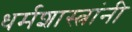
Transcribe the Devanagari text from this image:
धर्मशास्त्रांनी